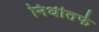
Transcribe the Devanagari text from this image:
निधीतर्फे